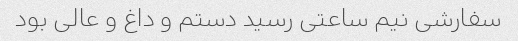
سفارشی نیم ساعتی رسید دستم و داغ و عالی بود